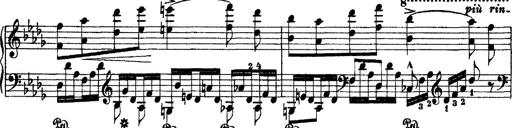
Title: 2 KonzertetÃ¼den
Composer: Franz Liszt